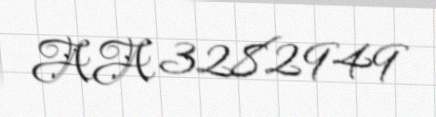
AA 3282949